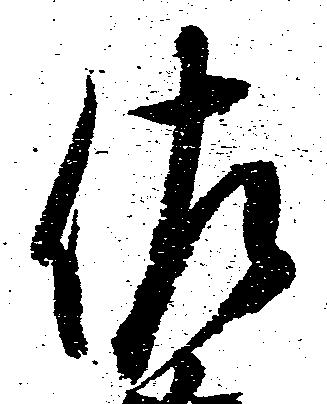
佐